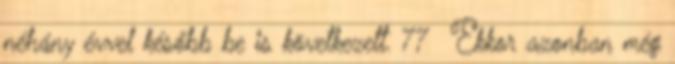
néhány évvel később be is következett. 77 Ekkor azonban még